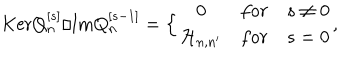
\mathrm { K e r } Q _ { n } ^ { [ s ] } / \mathrm { I m } Q _ { n } ^ { [ s - 1 ] } = \Bigl \lbrace \begin{matrix} { { 0 } } & { { f o r } } & { { s \not = 0 } } \\ { { { \cal H } _ { n , n ^ { \prime } } } } & { { f o r } } & { { s = 0 } } \\ \end{matrix} ,